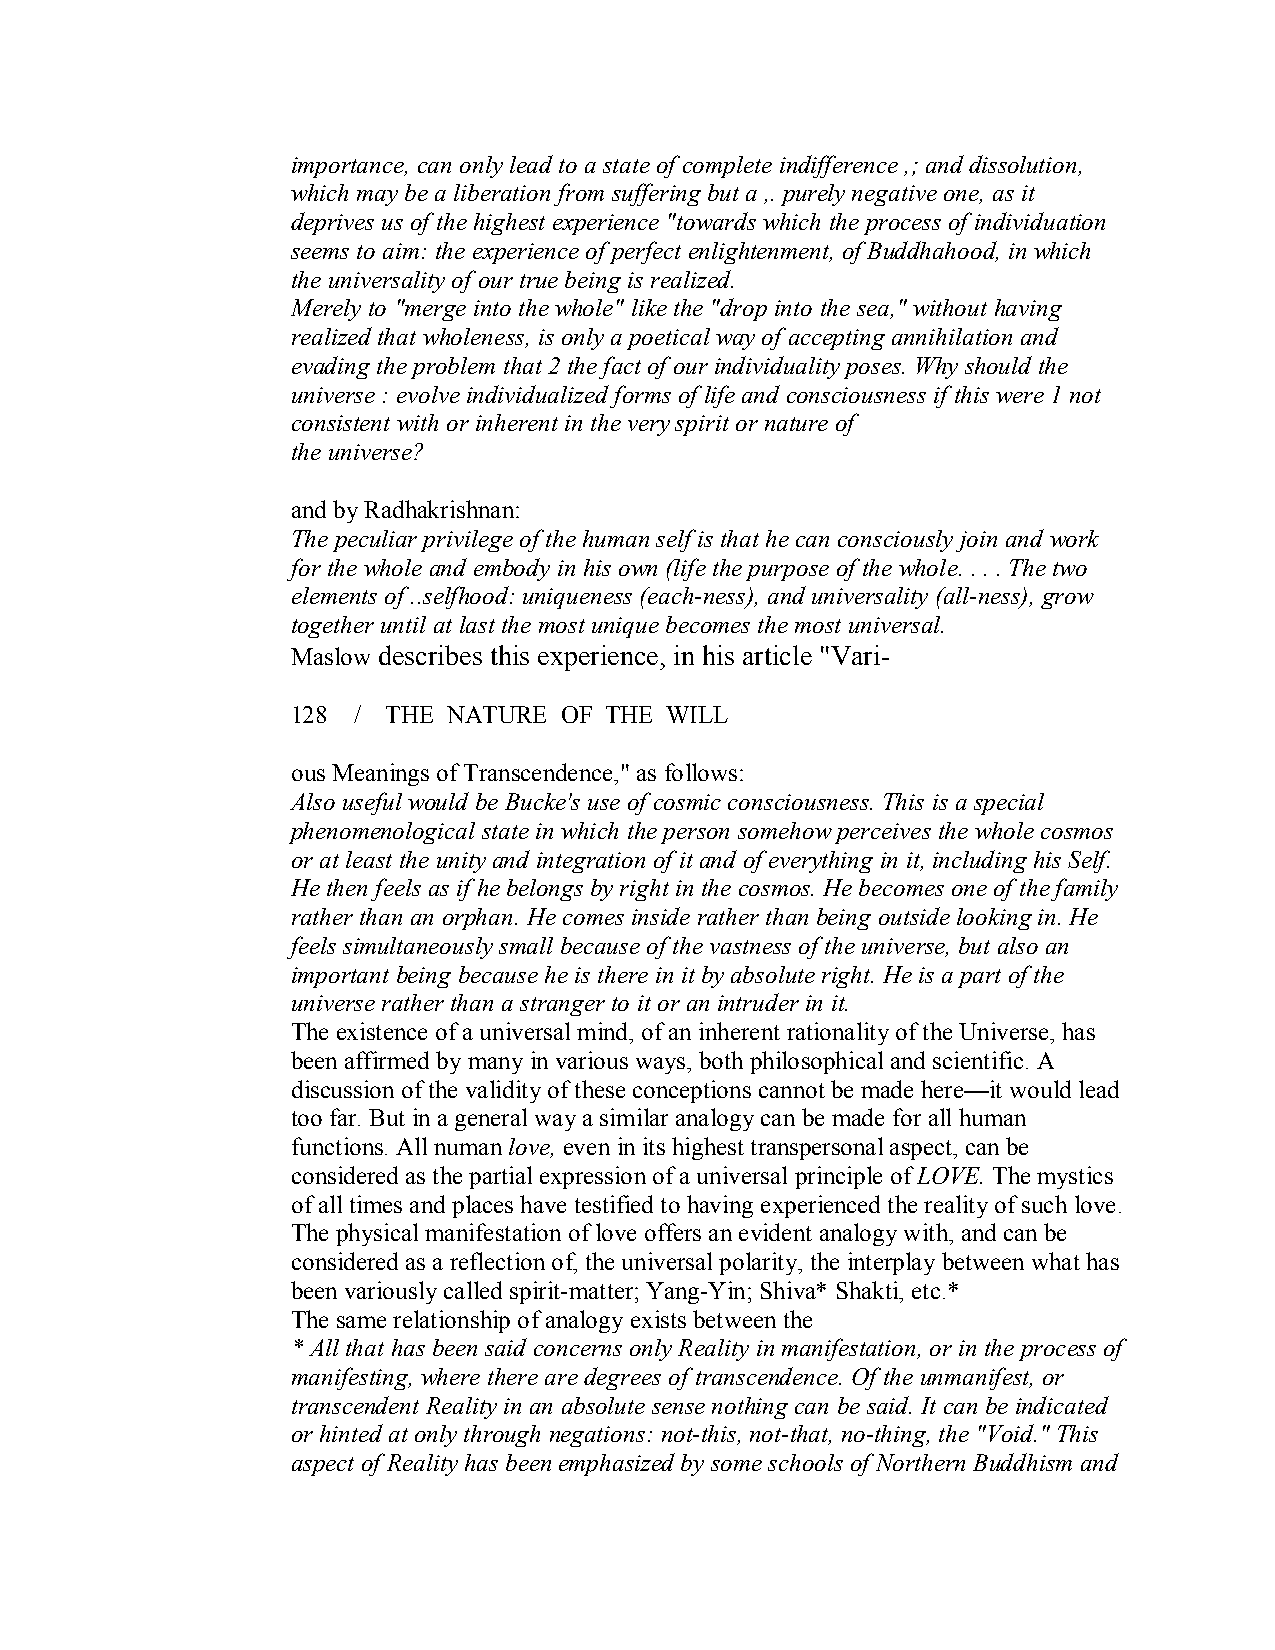
importance, can only lead to a state of complete indifference ,; and dissolution,
 which may be a liberation from suffering but a ,. purely negative one, as it
 deprives us of the highest experience "towards which the process of individuation
 seems to aim: the experience of perfect enlightenment, of Buddhahood, in which
 the universality of our true being is realized.
 Merely to "merge into the whole" like the "drop into the sea," without having
 realized that wholeness, is only a poetical way of accepting annihilation and
 evading the problem that 2 the fact of our individuality poses. Why should the
 universe : evolve individualized forms of life and consciousness if this were 1 not
 consistent with or inherent in the very spirit or nature of
 the universe?
 and by Radhakrishnan:
 The peculiar privilege of the human self is that he can consciously join and work
 for the whole and embody in his own (life the purpose of the whole. . . . The two
 elements of ..selfhood: uniqueness (each­ness), and universality (all­ness), grow
 together until at last the most unique becomes the most universal.
 Maslow describes this experience, in his article "Vari­
 128 / THE  NATURE OF THE WILL
 ous Meanings of Transcendence," as follows:
 Also useful would be Bucke's use of cosmic consciousness. This is a special
 phenomenological state in which the person somehow perceives the whole cosmos
 or at least the unity and integration of it and of everything in it, including his Self.
 He then feels as if he belongs by right in the cosmos. He becomes one of the family
 rather than an orphan. He comes inside rather than being outside looking in. He
 feels simultaneously small because of the vastness of the universe, but also an
 important being because he is there in it by absolute right. He is a part of the
 universe rather than a stranger to it or an intruder in it.
 The existence of a universal mind, of an inherent rationality of the Universe, has
 been affirmed by many in various ways, both philosophical and scientific. A
 discussion of the validity of these conceptions cannot be made here—it would lead
 too far. But in a general way a similar analogy can be made for all human
 functions. All numanlove, even in its highest transpersonal aspect, can be
 considered as the partial expression of a universal principle ofLOVE. The mystics
 of all times and places have testified to having experienced the reality of such love.
 The physical manifestation of love offers an evident analogy with, and can be
 considered as a reflection of, the universal polarity, the interplay between what has
 been variously called spirit­matter; Yang­Yin; Shiva* Shakti, etc.*
 The same relationship of analogy exists between the
 * All that has been said concerns only Reality in manifestation, or in the process of
 manifesting, where there are degrees of transcendence. Of the unmanifest, or
 transcendent Reality in an absolute sense nothing can be said. It can be indicated
 or hinted at only through negations: not­this,not­that, no­thing, the "Void." This
 aspect of Reality has been emphasized by some schools of Northern Buddhism and